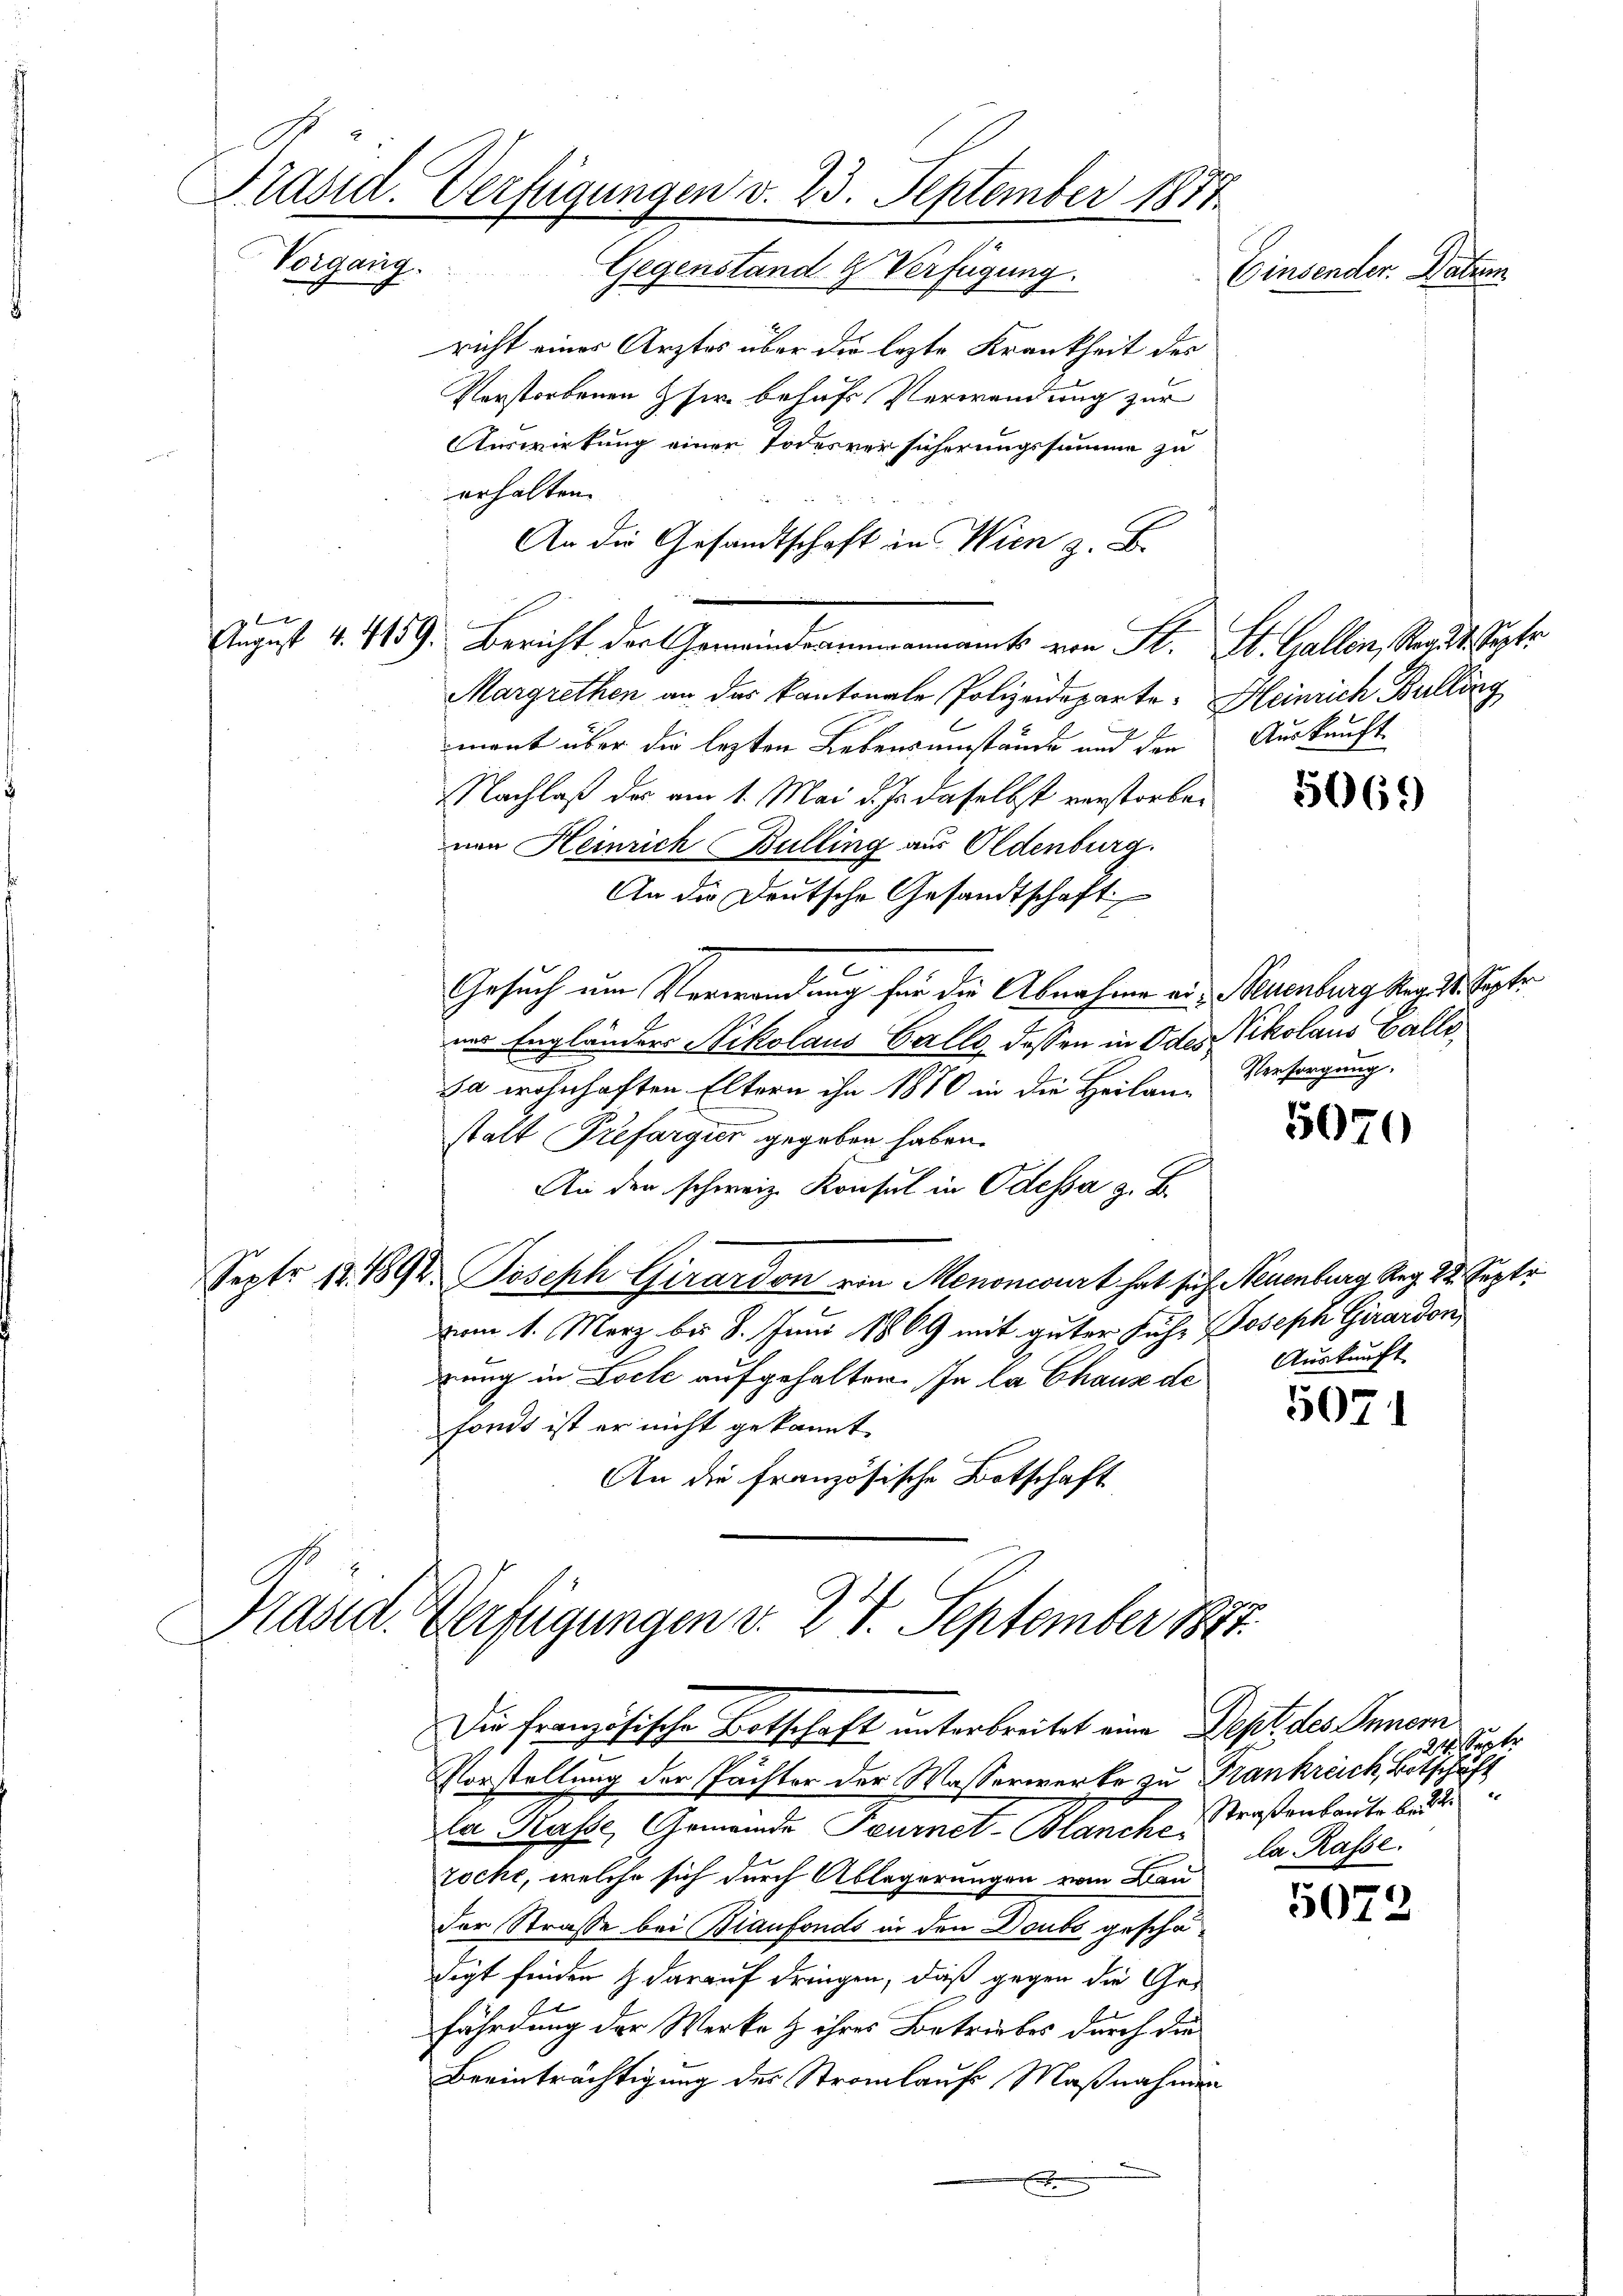
Präsid. Verfügungen v. 23. September 1874
Vorgang.
Gegenstand & Verfügung.
Einsender Natur
richt einer Ärztes über die lezte Krankheit des

.

Verstorbenen Gfer behufs Verwendung zur
Auswirkung einer Todesversicherungssumme zu
erhalten.
An die Gesandtschaft in Wien z. B.
August 4. 4159. Bericht der Gemeindranmannamts von St. St. Gallen, Stadt. Septe
Margrethen an das kantonale Polizeideparte. Heinrich Bulling
mant über die lezten Lebensumstände und den Auskunft
Nachlaß der am 1. Mai d. Js. daselbst verstorbenen Heinrich Bulling aus Oldenburg.
An die Deutsche Gesandtschaft
Gesuch um Verwendung für die Abnahme aus Neuenburg tag 24. Septe
ner Engländers Nikolaus Galle, dassen in Odes Vikolaus Galle,
da wohnhaften Eltern ihn 1870 in die Heilan- Versorgung,
stalt Trefargier gegeben haben.
An den schweiz. Konsul in Odessa z. B.
Sept. 12.1892. Joseph Girardon von Menoncourt hat sich Neuenburg Reg. 22. Septe
vom 1. März bis 8. Juni 1869 mit guter fuhr Joseph Girardon,
rung in Loche aufgehalten. In la Chaus de Auskunft
fonds ist er nicht gekannt
An die französische Botschaft

Vorstellung der Pächter der Wasserwerke zu Frankreich, Botsche
la Kasse, Gemeinde Feurnet-Blanche Verstenbaute la d
Tocht, welche sich durch Ablegerungen vom Bau
der Strasse bei Bianfonds in den Doubs geschädigt finden & darauf dringen, daß gegen die Ges
fährdung der Werke & ihres Betriebes durch die
Beeinträchtigung der Stromlaufe, Maßnahmen
x

Präsid. Verfügungen d. 24. September 1812.
Die französische Botschaft unterbreitet eine Dept des Inner

5069)

5070

5071

5072

24. Septer
da Rasse.